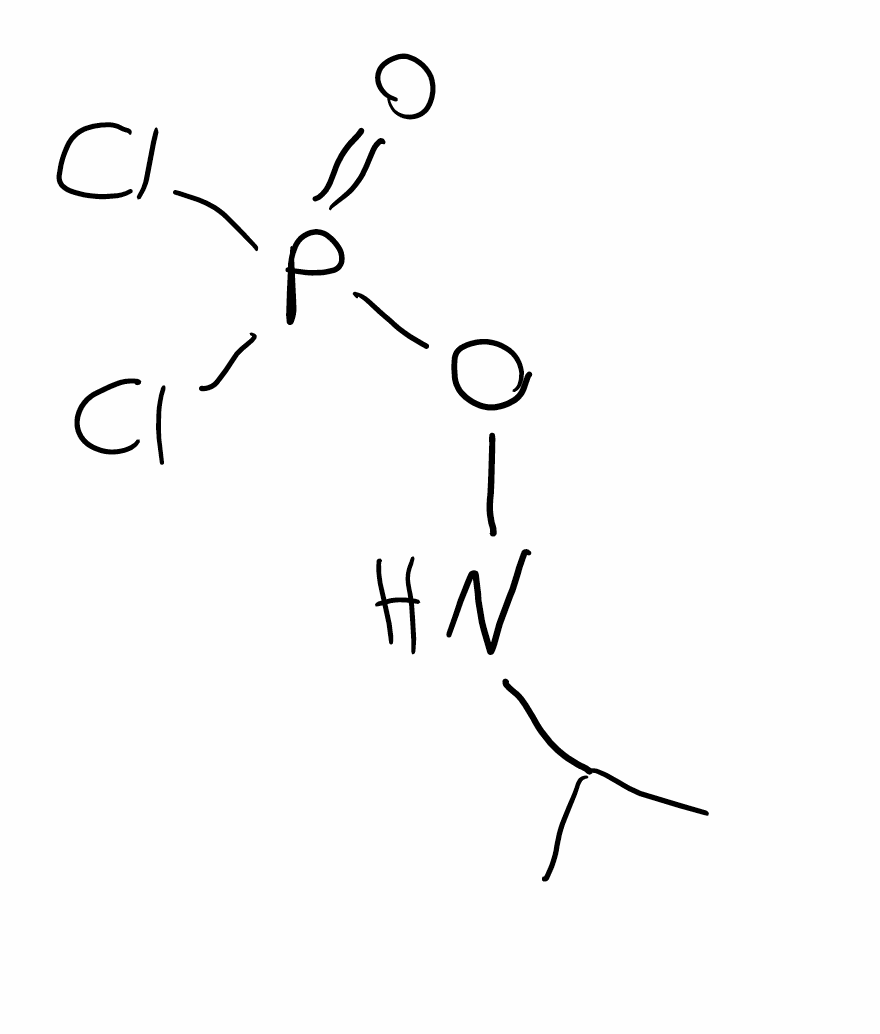
Simplified molecular-input line-entry system (SMILES) notation of the given molecule:
CC(C)NOP(=O)(Cl)Cl